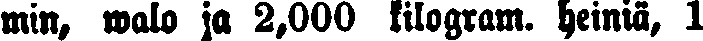
min, walo ja 2,000 kilogram. heiniä, 1